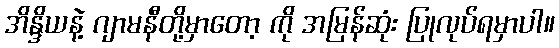
အိန္ဒိယနဲ့ ဂျာမနီတို့မှာတော့ ကို အမြန်ဆုံး ပြုလုပ်ရမှာပါ။